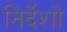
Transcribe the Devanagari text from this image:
निर्देंशों